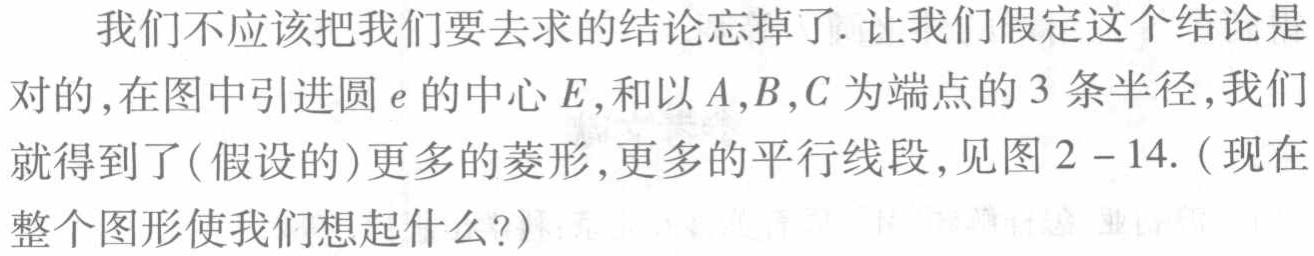
我们不应该把我们要去求的结论忘掉了. 让我们假定这个结论是
对的, 在图中引进圆$e$的中心$E$, 和以$A,B,C$为端点的$3$ 条半径, 我们
就得到了(假设的)更多的菱形,更多的平行线段, 见图$2 - 14$. (现在
整个图形使我们想起什么?)